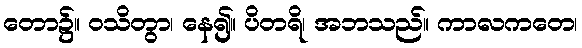
တော၌။ ဝသိတွာ၊ နေ၍။ ပိတရိ၊ အဘသည်။ ကာလကတေ၊